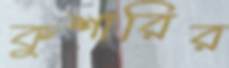
কুশারির